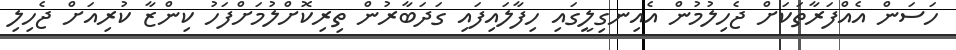
ހަސަން އެއްފަރާތަކަށް ޖެހިލުމުން އެއިނގިލީގައި ހިފާލައިފައި ގަދަބާރުން ތިރިކޮށްލުމަށްފަހު ކިންޒާ ކުރިއަށް ޖެހިލި